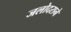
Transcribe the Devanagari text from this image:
जलोदराने